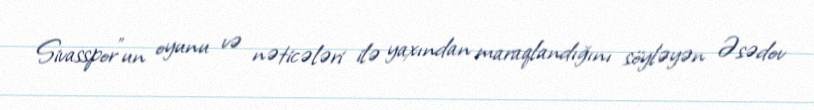
Sivasspor"un oyunu və nəticələri ilə yaxından maraqlandığını söyləyən Əsədov